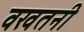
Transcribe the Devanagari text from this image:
वखतनी